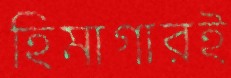
হিমাগারই